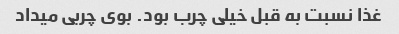
غذا نسبت به قبل خیلی چرب بود. بوی چربی میداد